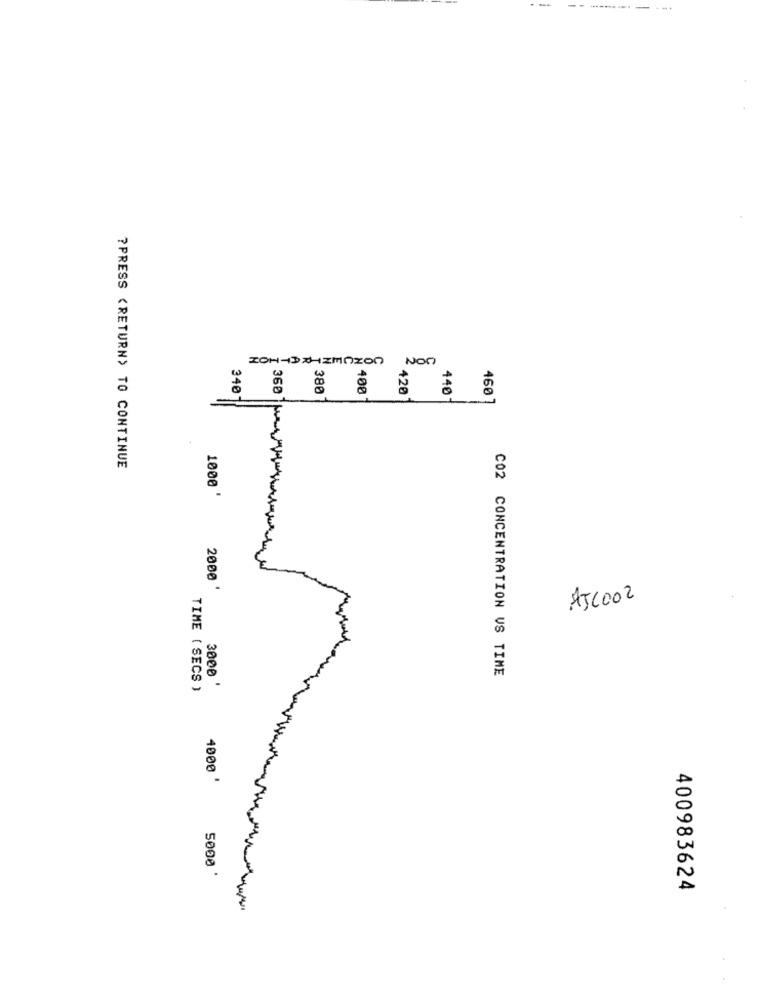
ICH-DXHIMAZOn
Non
380
420
3401
400
440
460
?PRESS (RETURN> TO CONTINUE
1000 '
2000 '
AJC002
C02 CONCENTRATION VS TIME
TIME ( SECS )
3000 '
4000 '
5000
400983624